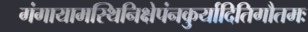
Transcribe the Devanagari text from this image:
गंगायामस्थिनिक्षेपंनकुर्यादितिगौतमः